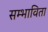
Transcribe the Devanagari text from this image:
सम्भाविता